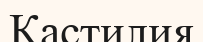
Кастилия